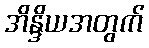
အိန္ဒိယအတွက်